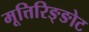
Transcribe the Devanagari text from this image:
मूत्तिरिङ्ङोट